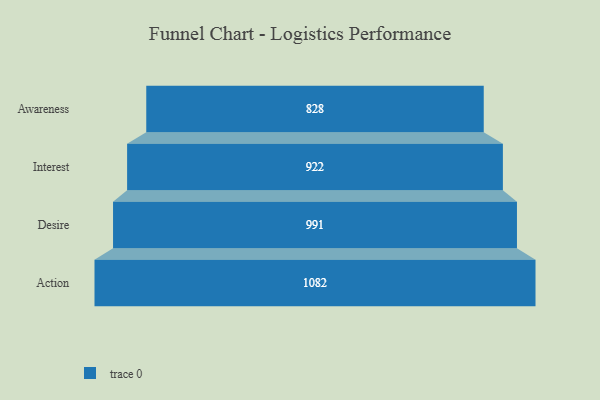
{"axis": {"x": "Stage", "y": "Value"}, "legend": [""], "data": [{"x": "Awareness", "y": 828.0, "type": ""}, {"x": "Interest", "y": 922.0, "type": ""}, {"x": "Desire", "y": 991.0, "type": ""}, {"x": "Action", "y": 1082.0, "type": ""}]}